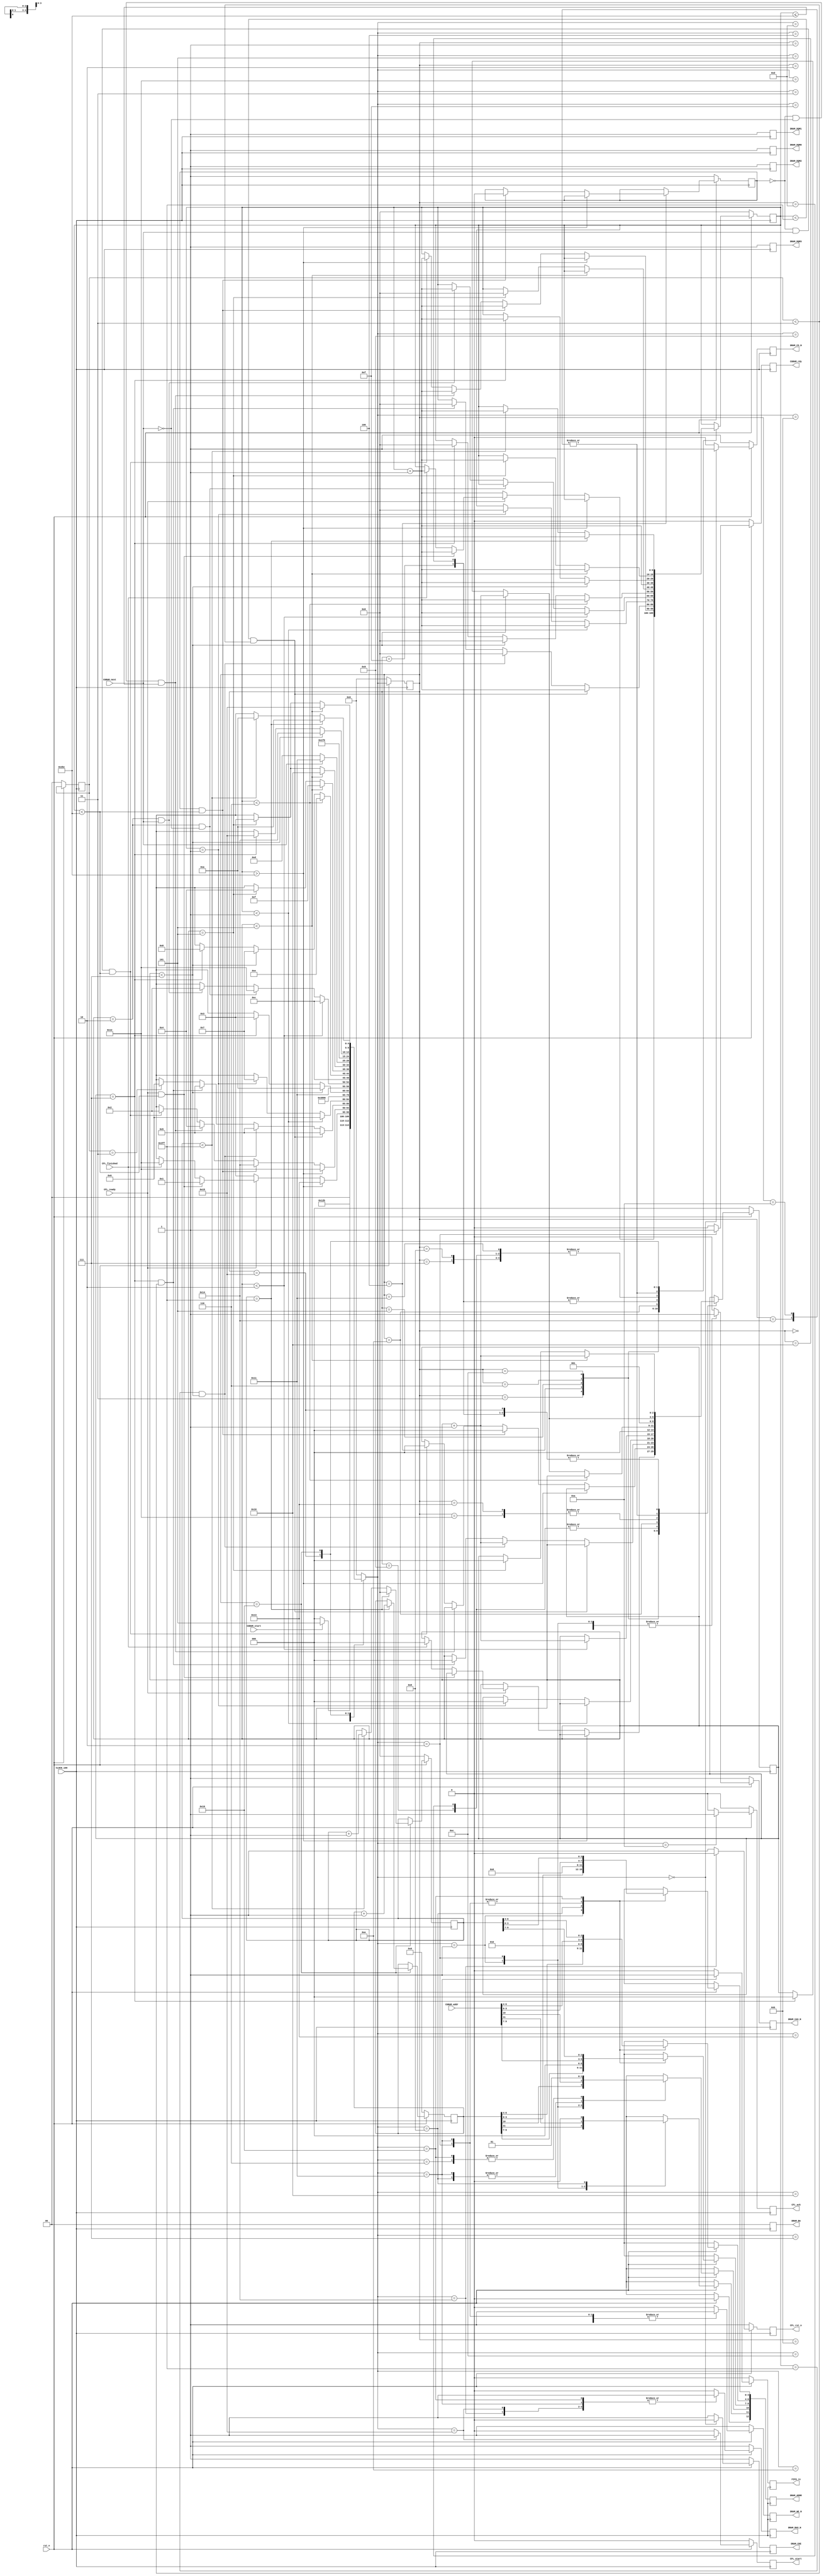

// Created by fizzim.pl version 5.10 on 2016:08:01 at 17:37:31 (www.fizzim.com)

module sdram (
  output reg CFL_ack,
  output reg CFL_rst_n,
  output reg CFL_start,
  output reg CGRAM_rdy,
  output reg [12:0] DRAM_ADDR,
  output reg [1:0] DRAM_BA,
  output reg DRAM_CAS_N,
  output reg DRAM_CKE,
  output reg DRAM_CS_N,
  output reg DRAM_DQM0,
  output reg DRAM_DQM1,
  output reg DRAM_DQM2,
  output reg DRAM_DQM3,
  output reg DRAM_RAS_N,
  output reg DRAM_WE_N,
  output reg FIFO_re,
  input wire CFL_finished,
  input wire CFL_ready,
  input wire [11:0] CGRAM_addr,
  input wire CGRAM_next,
  input wire CGRAM_start,
  input wire CLOCK_100,
  input wire rst_n 
);
  // state bits
  parameter 
  Desligado        = 5'b00000, 
  Activating       = 5'b00001, 
  ActivatingR      = 5'b00010, 
  ForeverWaiting   = 5'b00011, 
  IDLE             = 5'b00100, 
  InicializandoNOP = 5'b00101, 
  InicializandoPRE = 5'b00110, 
  InicializandoREF = 5'b00111, 
  LoadMODE         = 5'b01000, 
  NOPTIME2         = 5'b01001, 
  NOPTIME3         = 5'b01010, 
  NOPTIME4         = 5'b01011, 
  NOPTIME5         = 5'b01100, 
  PRECHARGIN       = 5'b01101, 
  REFTIME0         = 5'b01110, 
  REFTIME1         = 5'b01111, 
  REFTIME2         = 5'b10000, 
  RandomAcess      = 5'b10001, 
  Refresh          = 5'b10010, 
  RefreshWrite     = 5'b10011, 
  Reseting_FL      = 5'b10100, 
  Starting_FL      = 5'b10101, 
  Writing_PRE      = 5'b10110; 

  reg [4:0] state;
  reg [4:0] nextstate;
  reg [9:0] Refresh_count;
  reg WR;
  reg [9:0] column_data;
  reg [11:0] row_data;
  reg [1:0] support_count2;
  reg [2:0] support_count;
  reg [9:0] next_Refresh_count;
  reg next_WR;
  reg [9:0] next_column_data;
  reg [11:0] next_row_data;
  reg [1:0] next_support_count2;
  reg [2:0] next_support_count;

  // comb always block
  always @* begin
    nextstate = 5'bxxxxx; // default to x because default_state_is_x is set
    next_Refresh_count[9:0] = Refresh_count[9:0];
    next_WR = WR;
    next_column_data[9:0] = column_data[9:0];
    next_row_data[11:0] = row_data[11:0];
    next_support_count2[1:0] = support_count2[1:0];
    next_support_count[2:0] = support_count[2:0];
    case (state)
      Desligado       : begin
        if (!CGRAM_start) begin
          nextstate = Desligado;
        end
        else if (CGRAM_start) begin
          nextstate = InicializandoNOP;
        end
      end
      Activating      : begin
        begin
          nextstate = NOPTIME2;
          next_Refresh_count[9:0] = Refresh_count[9:0] + 1'b1;
        end
      end
      ActivatingR     : begin
        begin
          nextstate = NOPTIME4;
          next_Refresh_count[9:0] = Refresh_count[9:0] + 1'b1;
        end
      end
      ForeverWaiting  : begin
        if (Refresh_count[9:0] > 700) begin
          nextstate = RefreshWrite;
        end
        else if (!CFL_ready) begin
          nextstate = ForeverWaiting;
          next_Refresh_count[9:0] = Refresh_count[9:0] + 1'b1;
        end
        else if (CFL_ready && Refresh_count[9:0] < 700) begin
          nextstate = Activating;
          next_Refresh_count[9:0] = Refresh_count[9:0] + 1'b1;
        end
        else if (CFL_finished) begin
          nextstate = Refresh;
          next_Refresh_count[9:0] = Refresh_count[9:0] + 1'b1;
          next_support_count[2:0] = 0;
        end
      end
      IDLE            : begin
        if (Refresh_count[9:0] > 700) begin
          nextstate = Refresh;
        end
        else if (WR && Refresh_count[9:0] < 700) begin
          nextstate = Reseting_FL;
          next_Refresh_count[9:0] = Refresh_count[9:0] + 1'b1;
          next_WR = 0;
          next_support_count[2:0] = 0;
        end
        else if (!WR && !CGRAM_next && Refresh_count[9:0] <=700) begin
          nextstate = IDLE;
          next_Refresh_count[9:0] = Refresh_count[9:0] + 1'b1;
        end
        else if (!WR && CGRAM_next && Refresh_count < 700) begin
          nextstate = ActivatingR;
          next_Refresh_count[9:0] = Refresh_count[9:0] + 1'b1;
          next_support_count[2:0] = 0;
        end
      end
      InicializandoNOP: begin
        if (Refresh_count[9:0] < 1023 && support_count2[1:0] < 3) begin
          nextstate = InicializandoNOP;
          next_Refresh_count[9:0] = Refresh_count[9:0] + 1'b1;
        end
        else if (Refresh_count[9:0] == 1023 && support_count[2:0] < 7) begin
          nextstate = InicializandoNOP;
          next_Refresh_count[9:0] = 0;
          next_support_count[2:0] = support_count[2:0] + 1'b1;
        end
        else if (support_count[2:0] == 7 && support_count2[1:0] < 3) begin
          nextstate = InicializandoNOP;
          next_support_count[2:0] = 0;
          next_Refresh_count[9:0] = 0;
        end
        else if (support_count2[1:0] == 3) begin
          nextstate = InicializandoPRE;
        end
      end
      InicializandoPRE: begin
        if (Refresh_count[9:0] < 1) begin
          nextstate = InicializandoPRE;
          next_Refresh_count[9:0] = Refresh_count[9:0] +1'b1;
        end
        else if (Refresh_count[9:0] == 1) begin
          nextstate = InicializandoREF;
          next_support_count[2:0] = 0;
          next_Refresh_count[9:0] = 0;
        end
      end
      InicializandoREF: begin
        begin
          nextstate = REFTIME0;
          next_Refresh_count[9:0] = Refresh_count[9:0] + 1'b1;
        end
      end
      LoadMODE        : begin
        begin
          nextstate = IDLE;
          next_Refresh_count[9:0] = Refresh_count[9:0] + 1'b1;
        end
      end
      NOPTIME2        : begin
        begin
          nextstate = Writing_PRE;
          next_support_count[2:0] = 0;
          next_Refresh_count[9:0] = Refresh_count[9:0] + 1'b1;
        end
      end
      NOPTIME3        : begin
        if (support_count[2:0] < 7) begin
          nextstate = NOPTIME3;
          next_support_count[2:0] = support_count[2:0] + 1'b1;
          next_Refresh_count[9:0] = Refresh_count[9:0] + 1'b1;
        end
        else if (support_count[2:0] == 7) begin
          nextstate = ForeverWaiting;
          next_support_count[2:0] = 0;
          next_Refresh_count[9:0] = Refresh_count[9:0] + 1'b1;
        end
      end
      NOPTIME4        : begin
        begin
          nextstate = RandomAcess;
          next_Refresh_count[9:0] = Refresh_count[9:0];
        end
      end
      NOPTIME5        : begin
        if (support_count[2:0] < 2) begin
          nextstate = NOPTIME5;
          next_Refresh_count[9:0] = Refresh_count[9:0] + 1'b1;
          next_support_count[2:0] = support_count[2:0] + 1'b1;
        end
        else if (support_count[2:0] == 2 && !CGRAM_next) begin
          nextstate = Refresh;
        end
        else if (support_count[2:0] == 2 && CGRAM_next) begin
          nextstate = ActivatingR;
          next_Refresh_count[9:0] = Refresh_count[9:0] +1 'b1;
        end
      end
      PRECHARGIN      : begin
        begin
          nextstate = NOPTIME5;
          next_support_count[2:0] = 0;
          next_Refresh_count[9:0] = Refresh_count[9:0] + 1'b1;
        end
      end
      REFTIME0        : begin
        if (Refresh_count[9:0] < 6) begin
          nextstate = REFTIME0;
          next_Refresh_count[9:0] = Refresh_count[9:0] + 1'b1;
        end
        else if (support_count[2:0] < 7) begin
          nextstate = InicializandoREF;
          next_Refresh_count[9:0] = 0;
          next_support_count[2:0] = support_count[2:0] + 1'b1;
        end
        else if (support_count[2:0] == 7) begin
          nextstate = LoadMODE;
          next_Refresh_count[9:0] = 0;
          next_support_count[2:0] = 0;
        end
      end
      REFTIME1        : begin
        if (support_count[2:0] < 5) begin
          nextstate = REFTIME1;
          next_support_count[2:0] = support_count[2:0] + 1'b1;
        end
        else if (support_count[2:0] == 5) begin
          nextstate = IDLE;
          next_support_count[2:0] = 0;
          next_Refresh_count[9:0] = 0;
        end
      end
      REFTIME2        : begin
        if (support_count[2:0] < 5) begin
          nextstate = REFTIME2;
          next_support_count[2:0] = support_count[2:0] + 1'b1;
        end
        else if (support_count[2:0] == 5) begin
          nextstate = ForeverWaiting;
          next_support_count[2:0] = 0;
          next_Refresh_count[9:0] = 0;
        end
      end
      RandomAcess     : begin
        if (CGRAM_next) begin
          nextstate = RandomAcess;
          next_Refresh_count[9:0] = Refresh_count[9:0] + 1'b1;
        end
        else if (!CGRAM_next) begin
          nextstate = PRECHARGIN;
          next_Refresh_count[9:0] = Refresh_count[9:0] + 1'b1;
        end
      end
      Refresh         : begin
        begin
          nextstate = REFTIME1;
          next_support_count[2:0] = 1'b1;
        end
      end
      RefreshWrite    : begin
        begin
          nextstate = REFTIME2;
          next_support_count[2:0] = 1'b1;
        end
      end
      Reseting_FL     : begin
        if (support_count[2:0] < 7) begin
          nextstate = Reseting_FL;
          next_Refresh_count[9:0] = Refresh_count[9:0] + 1'b1;
          next_support_count[2:0] = support_count[2:0] + 1'b1;
        end
        else if (support_count[2:0] == 7) begin
          nextstate = Starting_FL;
          next_Refresh_count[9:0] = Refresh_count[9:0] + 1'b1;
          next_support_count[2:0] = 0;
        end
      end
      Starting_FL     : begin
        if (support_count[2:0] < 5) begin
          nextstate = Starting_FL;
          next_Refresh_count[9:0] = Refresh_count[9:0] + 1'b1;
          next_support_count[2:0] = support_count[2:0] +1'b1;
        end
        else if (support_count[2:0] == 5) begin
          nextstate = ForeverWaiting;
          next_Refresh_count[9:0] = Refresh_count[9:0] + 1'b1;
          next_support_count[2:0] = 0;
        end
      end
      Writing_PRE     : begin
        if (column_data[9:0] == 1023) begin
          nextstate = NOPTIME3;
          next_column_data[9:0] = 0;
          next_row_data[11:0] = row_data[11:0] +1'b1;
          next_Refresh_count[9:0] = Refresh_count[9:0] + 1'b1;
        end
        else if (column_data[9:0] < 1023) begin
          nextstate = NOPTIME3;
          next_Refresh_count[9:0] = Refresh_count[9:0] + 1'b1;
          next_column_data[9:0] = column_data[9:0] + 1'b1;
        end
      end
      default : begin
        nextstate = Desligado; // Added because undefined_states_go_here is set
      end
    endcase
  end

  // Assign reg'd outputs to state bits

  // sequential always block
  always @(negedge CLOCK_100) begin
    if (!rst_n) begin
      state <= Desligado;
      Refresh_count[9:0] <= 0;
      WR <= 1;
      column_data[9:0] <= 0;
      row_data[11:0] <= 0;
      support_count2[1:0] <= 0;
      support_count[2:0] <= 0;
      end
    else begin
      state <= nextstate;
      Refresh_count[9:0] <= next_Refresh_count[9:0];
      WR <= next_WR;
      column_data[9:0] <= next_column_data[9:0];
      row_data[11:0] <= next_row_data[11:0];
      support_count2[1:0] <= next_support_count2[1:0];
      support_count[2:0] <= next_support_count[2:0];
      end
  end

  // datapath sequential always block
  always @(negedge CLOCK_100) begin
    if (!rst_n) begin
      CFL_ack <= 0;
      CFL_rst_n <= 1;
      CFL_start <= 0;
      CGRAM_rdy <= 0;
      DRAM_ADDR[12:0] <= 13'bx;
      DRAM_BA[1:0] <= 2'b0;
      DRAM_CAS_N <= 1;
      DRAM_CKE <= 1;
      DRAM_CS_N <= 1;
      DRAM_DQM0 <= 1;
      DRAM_DQM1 <= 1;
      DRAM_DQM2 <= 1;
      DRAM_DQM3 <= 1;
      DRAM_RAS_N <= 1;
      DRAM_WE_N <= 1;
      FIFO_re <= 0;
    end
    else begin
      CFL_ack <= 0; 
      CFL_rst_n <= 1;
      CFL_start <= 0; 
      CGRAM_rdy <= 0;
		DRAM_ADDR[12] <= 1'b0;
      DRAM_ADDR[11:0] <= 12'bx; 
      DRAM_BA[1:0] <= 2'b0;
      DRAM_CAS_N <= 0; 
      DRAM_CKE <= 1; 
      DRAM_CS_N <= 0;
      DRAM_DQM0 <= 1; 
      DRAM_DQM1 <= 1;
      DRAM_DQM2 <= 1;
      DRAM_DQM3 <= 1;
      DRAM_RAS_N <= 0;
      DRAM_WE_N <= 0;
      FIFO_re <= 0;
      case (nextstate)
        Desligado       : begin
          DRAM_CAS_N <= 1;
          DRAM_CKE <= 0;
          DRAM_CS_N <= 1;
          DRAM_RAS_N <= 1;
          DRAM_WE_N <= 1;
        end
        Activating      : begin
          DRAM_ADDR[11:0] <= row_data[11:0];
          DRAM_CAS_N <= 1;
          DRAM_WE_N <= 1;
        end
        ActivatingR     : begin
          CGRAM_rdy <= 1;
          DRAM_ADDR[11:0] <= CGRAM_addr[11:0];
          DRAM_CAS_N <= 1;
          DRAM_WE_N <= 1;
        end
        ForeverWaiting  : begin
          DRAM_CAS_N <= 1;
          DRAM_RAS_N <= 1;
          DRAM_WE_N <= 1;
        end
        IDLE            : begin
          DRAM_CAS_N <= 1;
          DRAM_RAS_N <= 1;
          DRAM_WE_N <= 1;
        end
        InicializandoNOP: begin
          DRAM_CAS_N <= 1;
          DRAM_RAS_N <= 1;
          DRAM_WE_N <= 1;
        end
        InicializandoPRE: begin
			 DRAM_ADDR[10] <= 1'b1;
          DRAM_CAS_N <= 1;
        end
        InicializandoREF: begin
          DRAM_WE_N <= 1;
        end
        LoadMODE        : begin
			 DRAM_ADDR[11:10] <= 2'b00;
			 DRAM_ADDR[9:7] <= 3'b000;
			 DRAM_ADDR[6:4] <= 3'b010;
          DRAM_ADDR[3:0] <= 4'b0000;
        end
        NOPTIME2        : begin
          DRAM_CAS_N <= 1;
          DRAM_RAS_N <= 1;
          DRAM_WE_N <= 1;
        end
        NOPTIME3        : begin
          CFL_ack <= 1;
          DRAM_CAS_N <= 1;
          DRAM_RAS_N <= 1;
          DRAM_WE_N <= 1;
        end
        NOPTIME4        : begin
          DRAM_CAS_N <= 1;
          DRAM_RAS_N <= 1;
          DRAM_WE_N <= 1;
        end
        NOPTIME5        : begin
          DRAM_CAS_N <= 1;
          DRAM_RAS_N <= 1;
          DRAM_WE_N <= 1;
        end
        PRECHARGIN      : begin
          DRAM_CAS_N <= 1;
        end
        REFTIME0        : begin
          DRAM_CAS_N <= 1;
          DRAM_RAS_N <= 1;
          DRAM_WE_N <= 1;
        end
        REFTIME1        : begin
          DRAM_CAS_N <= 1;
          DRAM_RAS_N <= 1;
          DRAM_WE_N <= 1;
        end
        REFTIME2        : begin
          DRAM_CAS_N <= 1;
          DRAM_RAS_N <= 1;
          DRAM_WE_N <= 1;
        end
        RandomAcess     : begin
			 DRAM_ADDR[10] <= 1'b0;
          DRAM_ADDR[9:0] <= CGRAM_addr[9:0];
          DRAM_RAS_N <= 1;
          DRAM_WE_N <= 1;
          FIFO_re <= 1;
        end
        Refresh         : begin
          DRAM_WE_N <= 1;
        end
        RefreshWrite    : begin
          DRAM_WE_N <= 1;
        end
        Reseting_FL     : begin
          CFL_rst_n <= 0;
          DRAM_CAS_N <= 1;
          DRAM_RAS_N <= 1;
          DRAM_WE_N <= 1;
        end
        Starting_FL     : begin
          CFL_start <= 1;
          DRAM_CAS_N <= 1;
          DRAM_RAS_N <= 1;
          DRAM_WE_N <= 1;
        end
        Writing_PRE     : begin
          DRAM_ADDR[10] <= 1'b1;
          DRAM_ADDR[9:0] <= column_data[9:0];
          DRAM_RAS_N <= 1;
        end
      endcase
    end
  end

endmodule